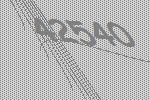
42540